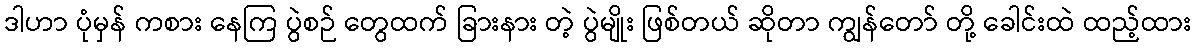
ဒါဟာ ပုံမှန် ကစား နေကြ ပွဲစဉ် တွေထက် ခြားနား တဲ့ ပွဲမျိုး ဖြစ်တယ် ဆိုတာ ကျွန်တော် တို့ ခေါင်းထဲ ထည့်ထား